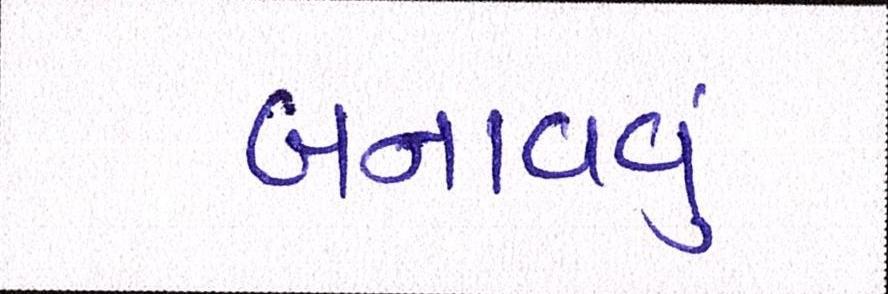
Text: બનાવવુઃ